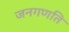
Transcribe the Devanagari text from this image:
जनगणति